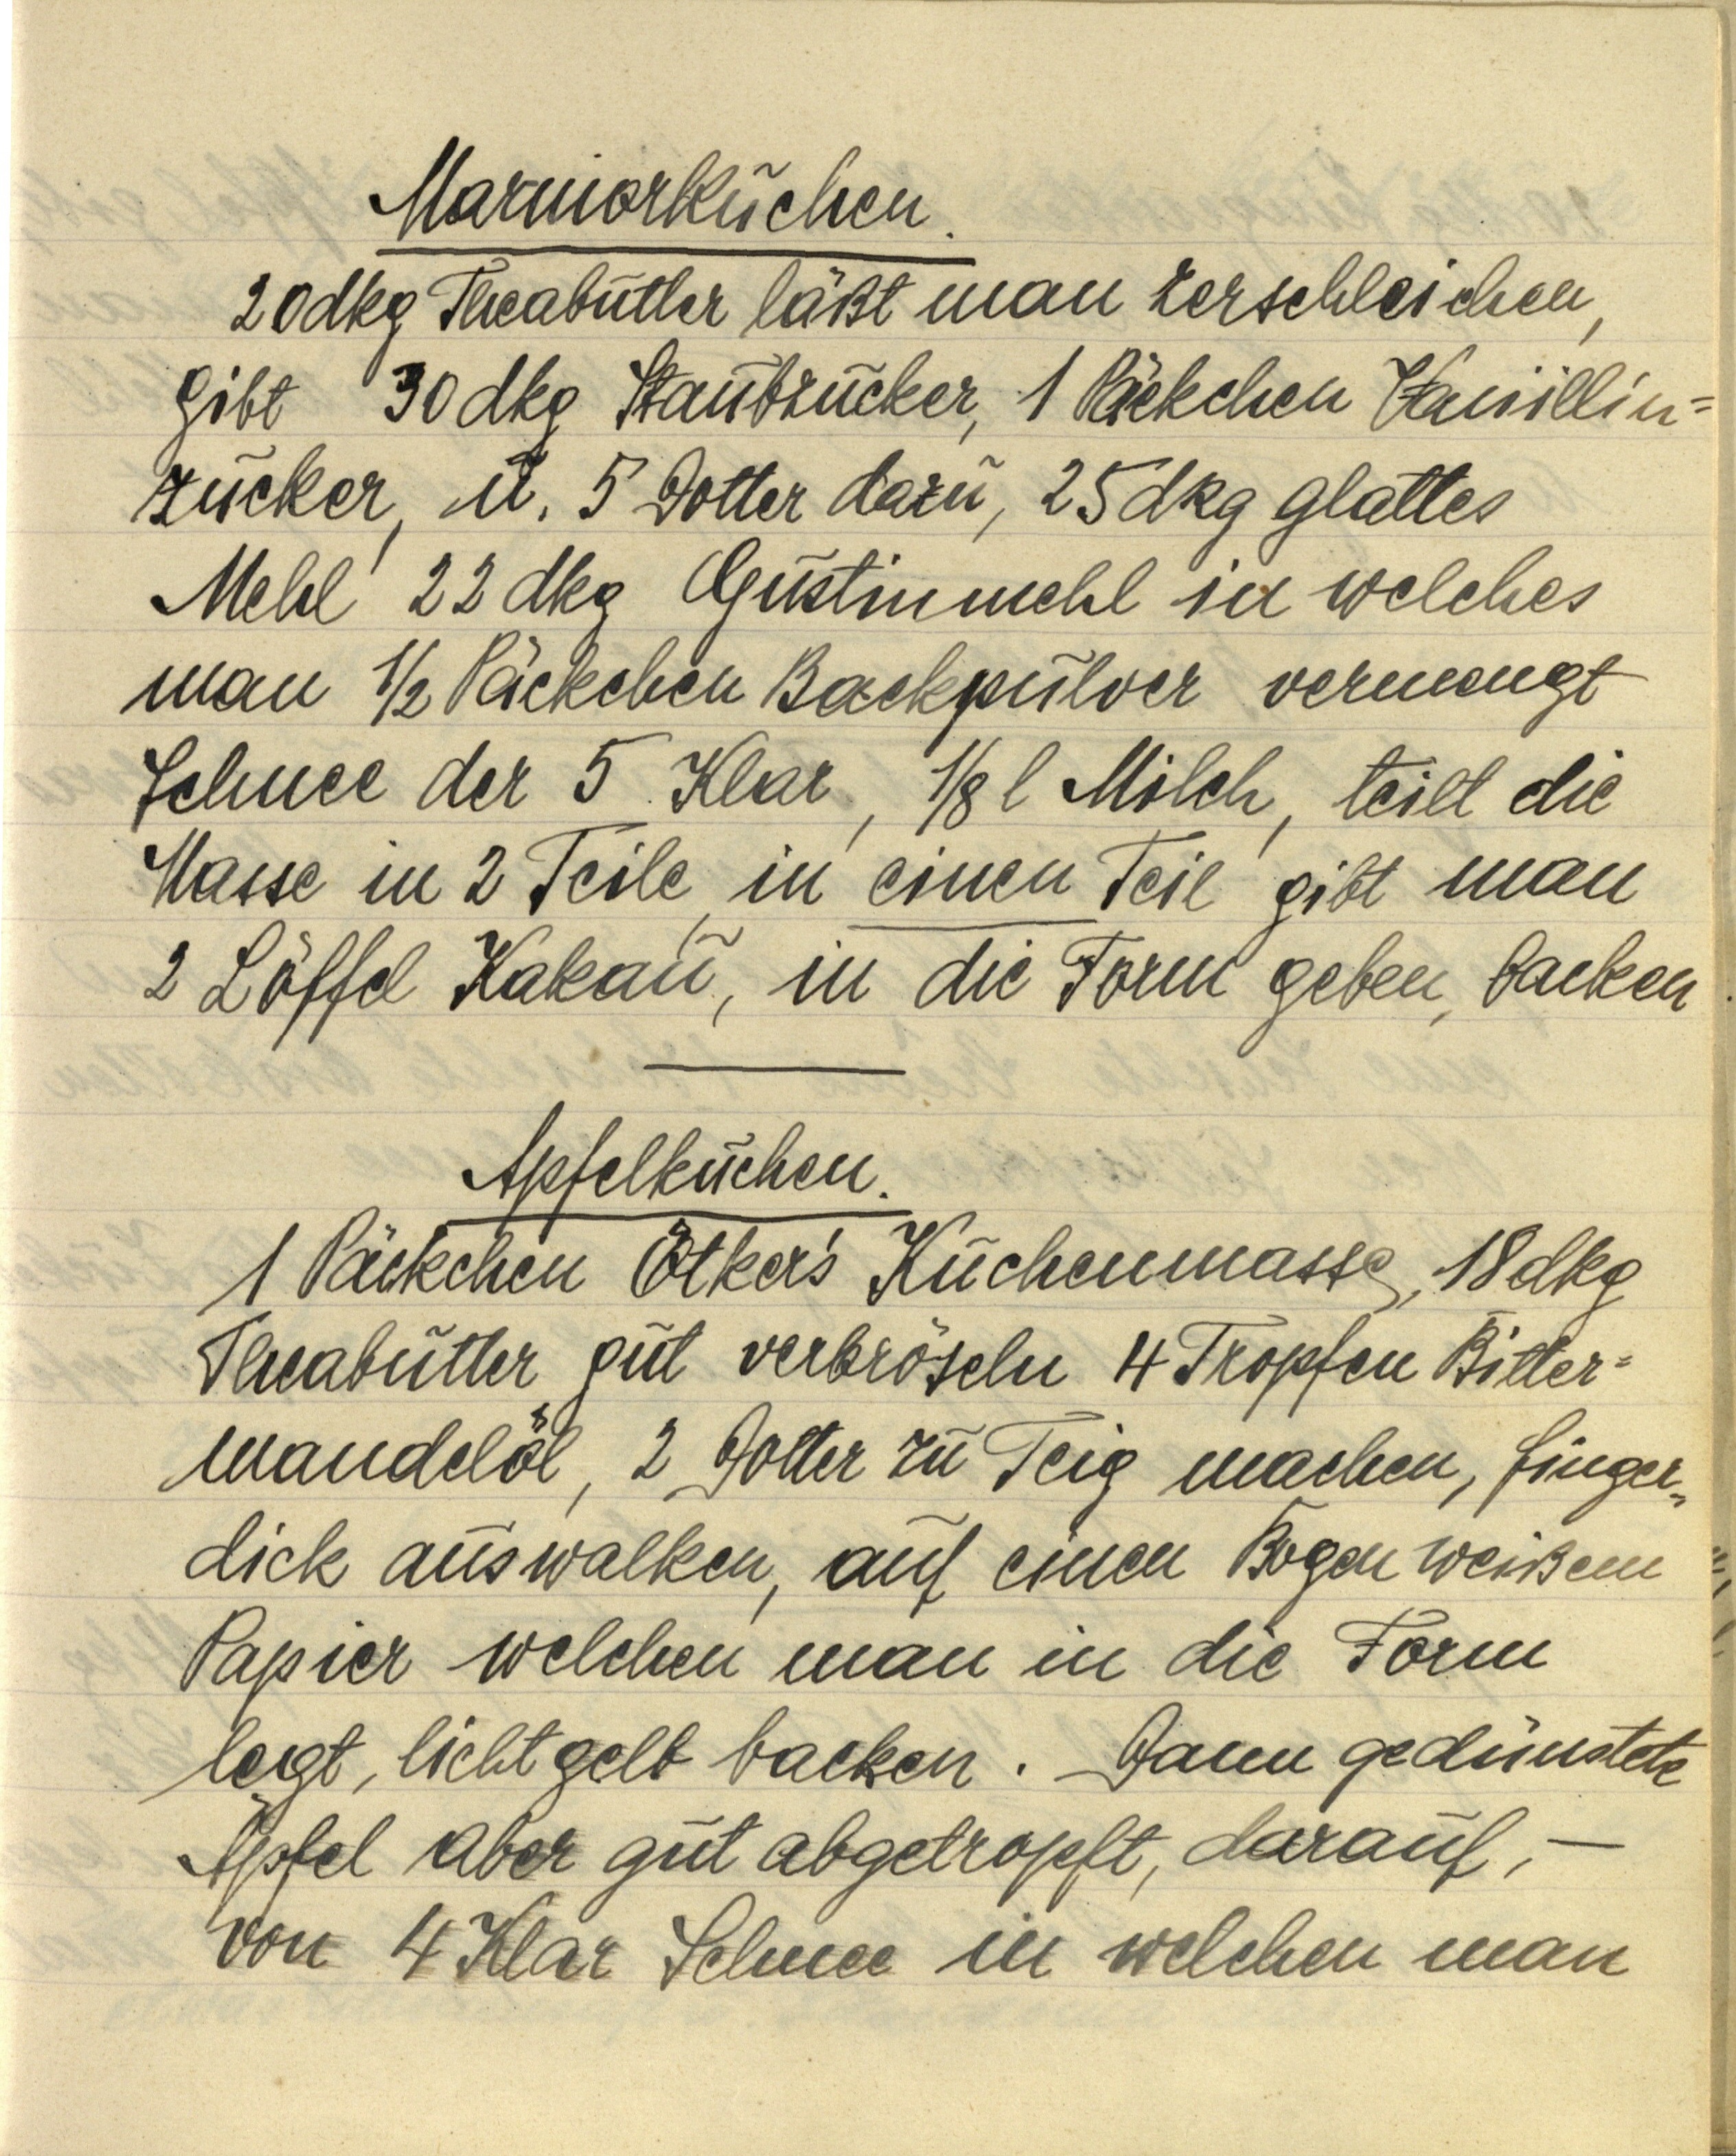
Marmorkuchen.
20 dkg Theabutter läßt man zerschleichen,
gibt 30 dkg Staubzucker,  1 Päckchen Vanillin¬
zucker, u. 5 Dotter dazu, 25 dkg glattes
Mehl 22 dkg Gustinmehl in welches
man ½ Päckchen Backpulver vermengt
Schnee der 5 Klar, ⅛ l Milch, teilt die
Masse in 2 Teile, in einen Teil gibt man
2 Löffel Kakau, in die Form geben, backen.

Apfelkuchen.
1 Päckchen Ötker's Kuchenmasse, 18 dkg
Theabutter gut verbröseln 4 Tropfen Bitter¬
mandelöl, 2 Dotter zu Teig machen, finger¬
dick auswalken, auf einen Bogen weißem
Papier welchen man in die Form
legt, lichtgelb backen. Dann gedünstete
Äpfel aber gut abgetropft, darauf, —
von 4 Klar Schnee in welchen man